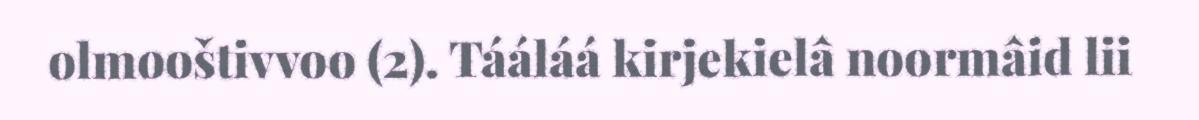
olmooštivvoo (2). Tááláá kirjekielâ noormâid lii